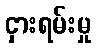
ငှားရမ်းမှု